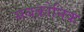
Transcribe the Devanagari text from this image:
सबक्रोनिक